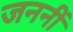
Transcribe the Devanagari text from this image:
जननीं